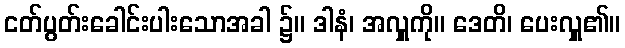
ငတ်ပွတ်းခေါင်းပါးသောအခါ ၌။ ဒါနံ၊ အလှူကို။ ဒေတိ၊ ပေးလှူ၏။